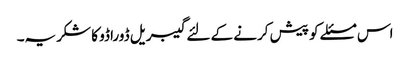
اس مسئلے کو پیش کرنے کے لئے گیبریل ڈوراڈو کا شکریہ۔